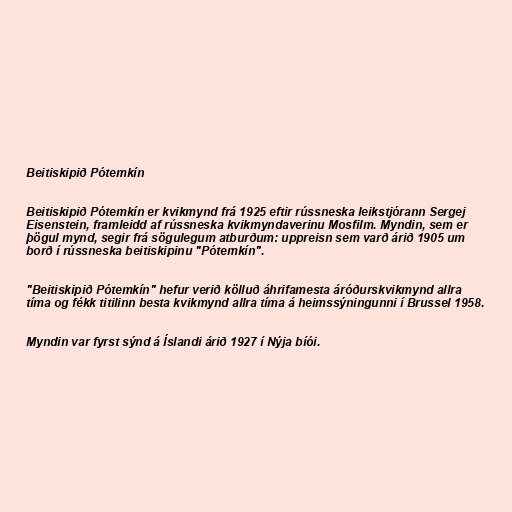
Beitiskipið Pótemkín

Beitiskipið Pótemkín er kvikmynd frá 1925 eftir rússneska leikstjórann Sergej
Eisenstein, framleidd af rússneska kvikmyndaverinu Mosfilm. Myndin, sem er
þögul mynd, segir frá sögulegum atburðum: uppreisn sem varð árið 1905 um
borð í rússneska beitiskipinu "Pótemkín".

"Beitiskipið Pótemkín" hefur verið kölluð áhrifamesta áróðurskvikmynd allra
tíma og fékk titilinn besta kvikmynd allra tíma á heimssýningunni í Brussel 1958.

Myndin var fyrst sýnd á Íslandi árið 1927 í Nýja bíói.